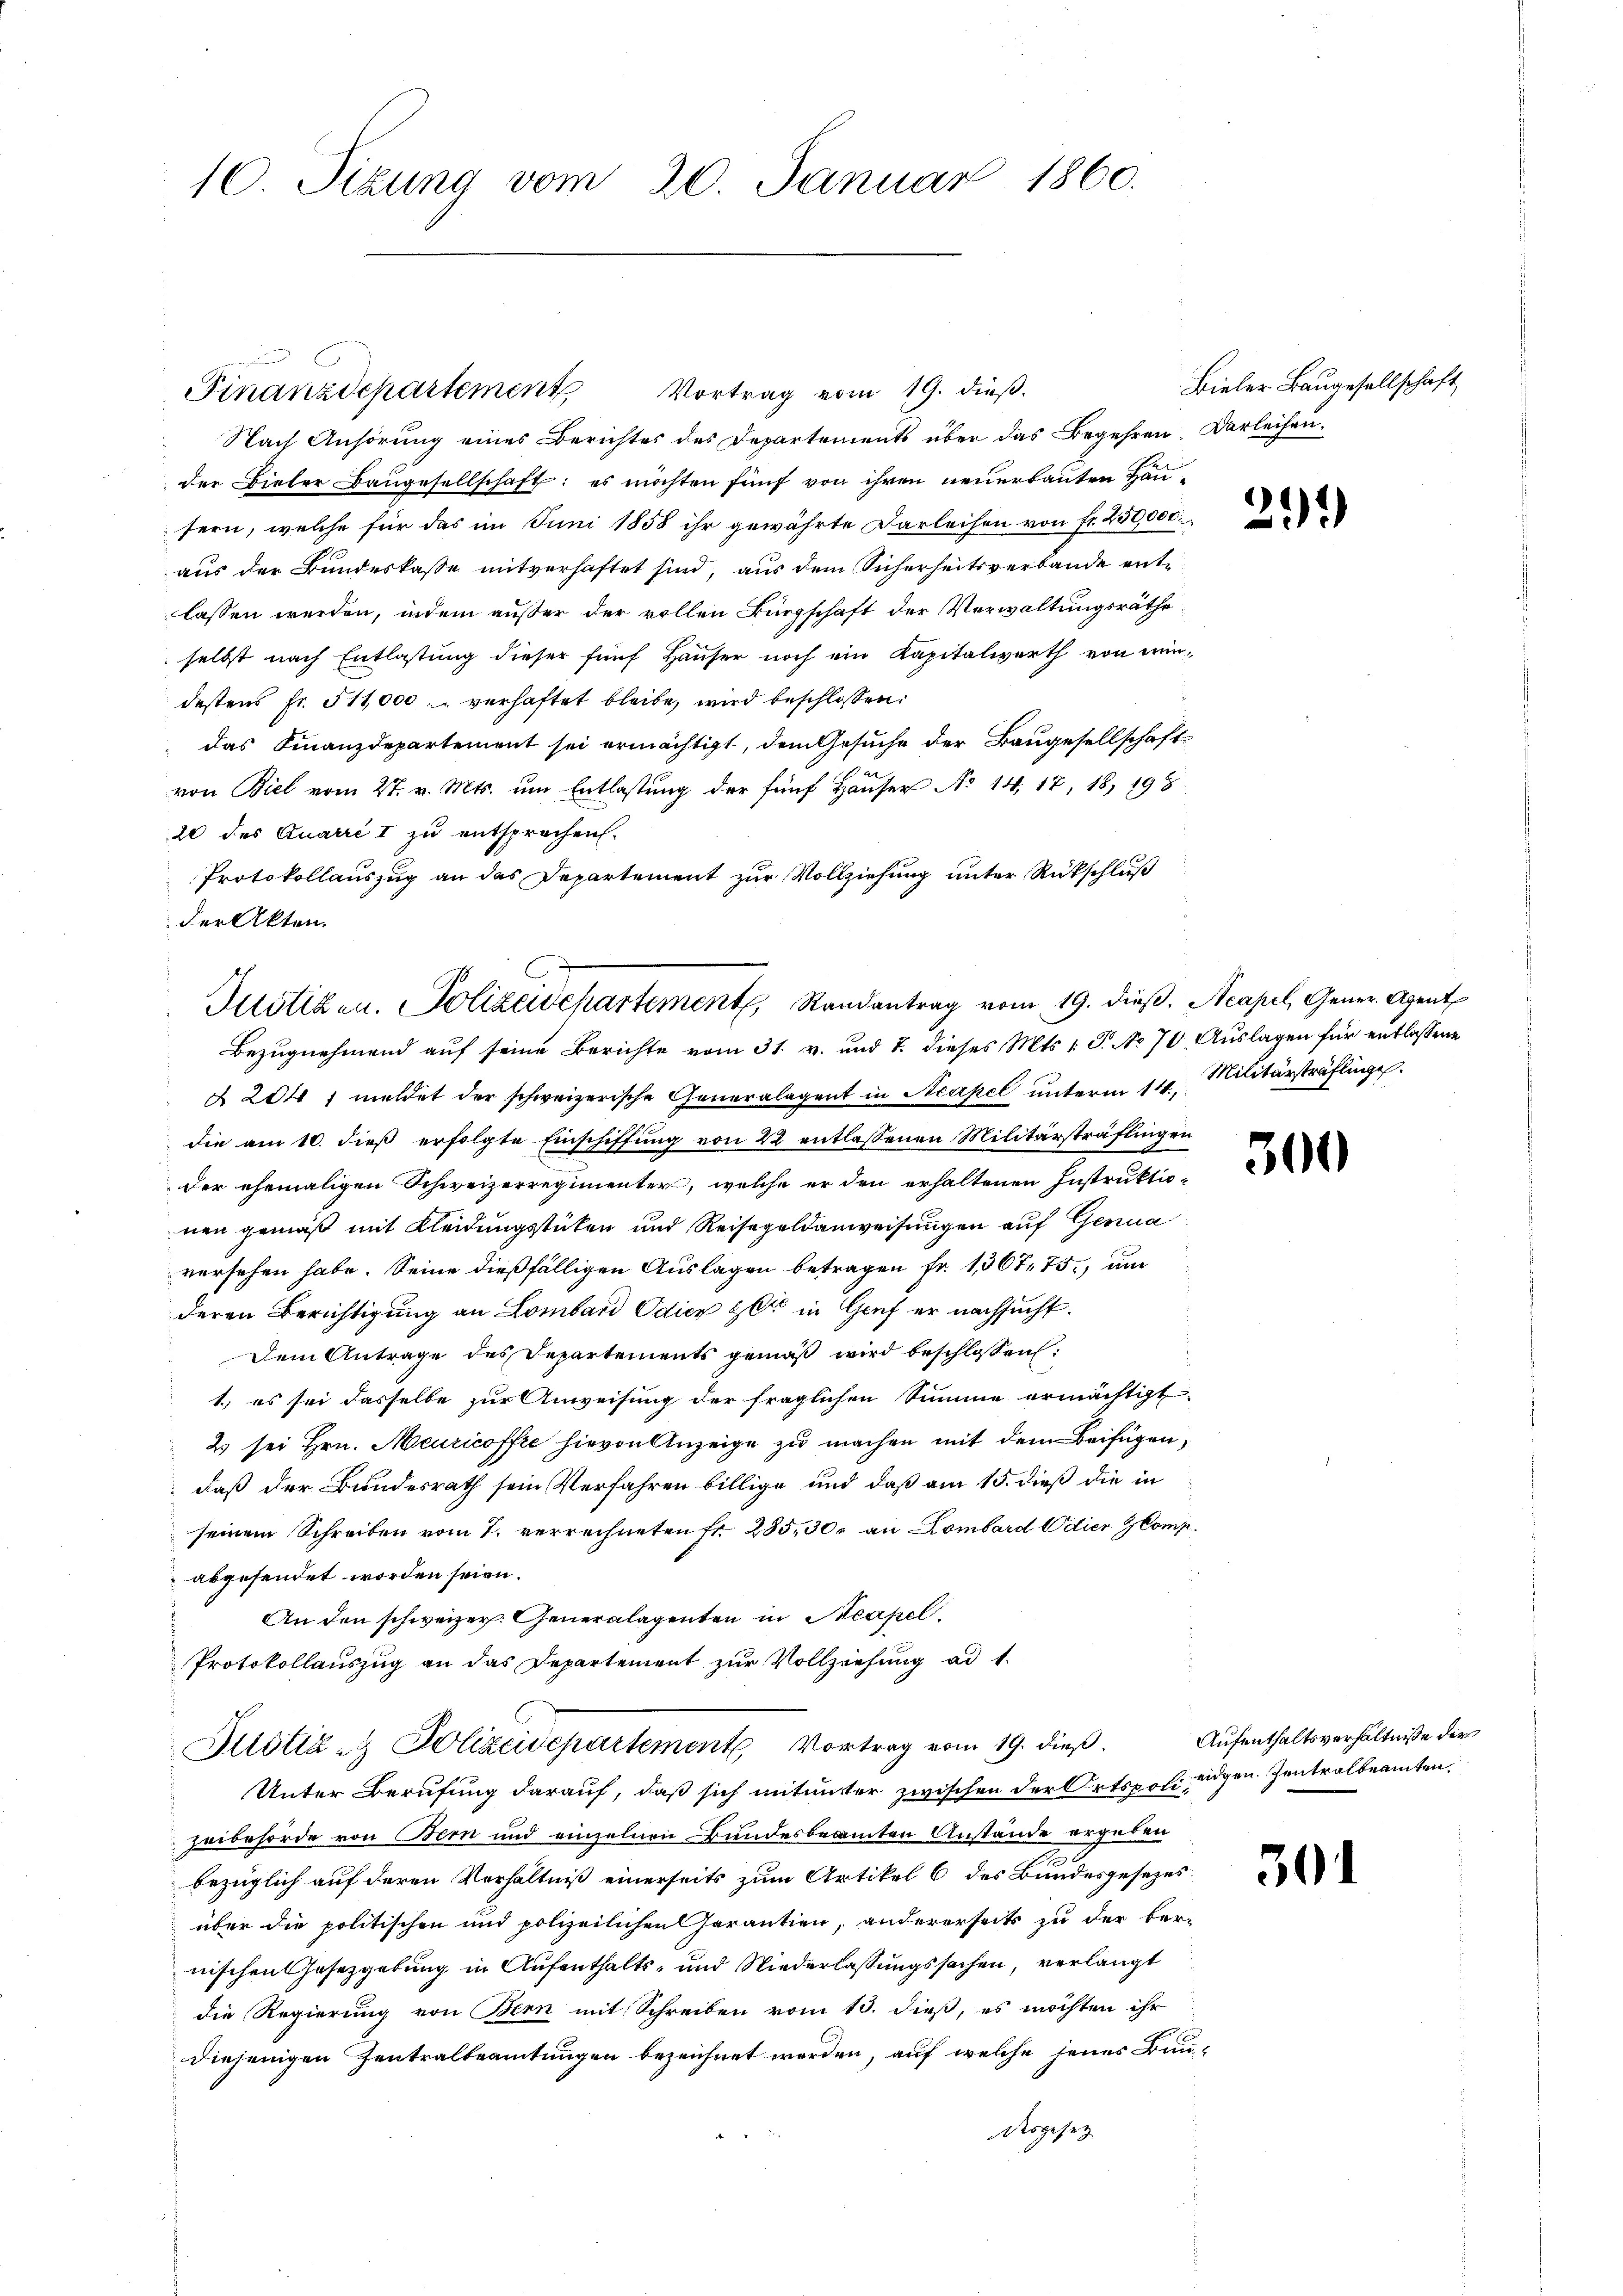
10. Sizung vom 20. Januar 1860.

Finanzdepartement

Vortrag vom 19. dieß.
Nach Anhörung eines Berichtes des Departements über das Begehren. Darleihen.
der Bieler Baugesellschaft: es möchten fünf von ihren neuerbauten Hausern, welche für das im Juni 1858 ihr gewährte Darleihen von fr. 250,000.
aus der Bundeskasse mitverhaftet sind, aus dem Sicherheitsverbande entlassen werden, indem außer der vollen Bürgschaft der Verwaltungsräthe
selbst nach Entlastung dieser fünf Häuser noch ein Kapitalwerth von mindestens Fr. 511,000 verhaftet bleibe, wird beschlossen:
das Finanzdepartement sei ermächtigt, dem Gesuche der Baugesellschaft-
von Biel vom 27. v. Mts. um Entlastung der fünf Häuser No 14, 17, 18, 195
20 des Quarre I zu entsprechen.
Protokollauszug an das Departement zur Vollziehung unter Rückschluß
der Akten.

Justizen. Polizeidepartement Randantrag vom 19. dieß. Acapel, Gener, Agent
Bezugnehmend auf seine Berichte vom 31. v. und 7. dieses Mts. 1. P. No 70. Auslagen für entlassene

Justiz- & Polizeidepartemente Vortrag vom 19. dieß.

Bieler Baugesellschaft,

§ 204 1 meldet der schweizerische Generalagent in Neapel ŭnterm 14. Militärsträflinge
die am 10. dieß erfolgte Einschiffung von 22 entlassenen Militärsträflingen
der ehemaligen Schweizerregimenter, welche er den erhaltenen Instruktionen gemäß mit Kleidungsstücken und Reisegeldanweisungen auf Genua
versehen habe. Seine dießfälligen Auslagen betragen Fr. 136775., um
deren Berichtigung an Lombard Odice der in Genf er nachsucht.
Dem Antrage des Departements gemäß wird beschlossen:
1.) es sei dasselbe zur Anweisung der fraglichen Summe ermächtigt,
23 sei Hrn. Meuricoffte hievon Anzeige zu machen mit dem Beifügen,
daß der Bundesrath sein Verfahren billige und daß am 15. dieß die in
seinem Schreiben vom 7. verrechneten Fr. 285, 30. an Lombard Odier & Comp.
abgesendet worden seien.
An den schweizer. Generalagenten in Neapel
Protokollauszug an das Departement zur Vollziehung ad 1.

Unter Berufung darauf, daß sich mitunter zwischen der Ortspoli eidgen. Zentrolbeamten.
zeibehörde von Bern und einzelnen Bundesbeamten Anstände ergeben
bezüglich auf deren Verhältniß einerseits zum Artikel 6 des Bundesgesezes
über die politischen und polizeilichen Garantien, andererseits zu der ver-
nischen Gesetzgebung in Aufenthalts- und Niederlassungssachen, verlangt
die Regierung von Bern mit Schreiben vom 13. dieß, es möchten ihr
diejenigen Zentralbeamtungen bezeichnet worden, auf welche jenes Bundesgesetz

291)

300

Aufenthaltsverhältniße der

301